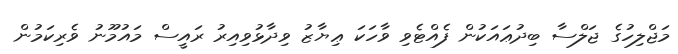
މަޖްލިހުގެ ޖަލްސާ ބިދުޢައަކުން ފެއްޓެވި ވާހަކަ ޢިޔާޒު ވިދާޅުވިއިރު ރައީސް މައުމޫނު ވެރިކަމުން